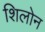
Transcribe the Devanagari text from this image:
शिलोन